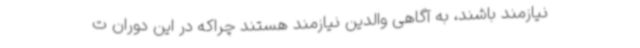
نیازمند باشند، به آگاهی والدین نیازمند هستند چراکه در این دوران ت